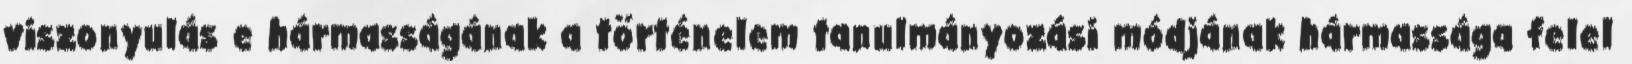
viszonyulás e hármasságának a történelem tanulmányozási módjának hármassága felel